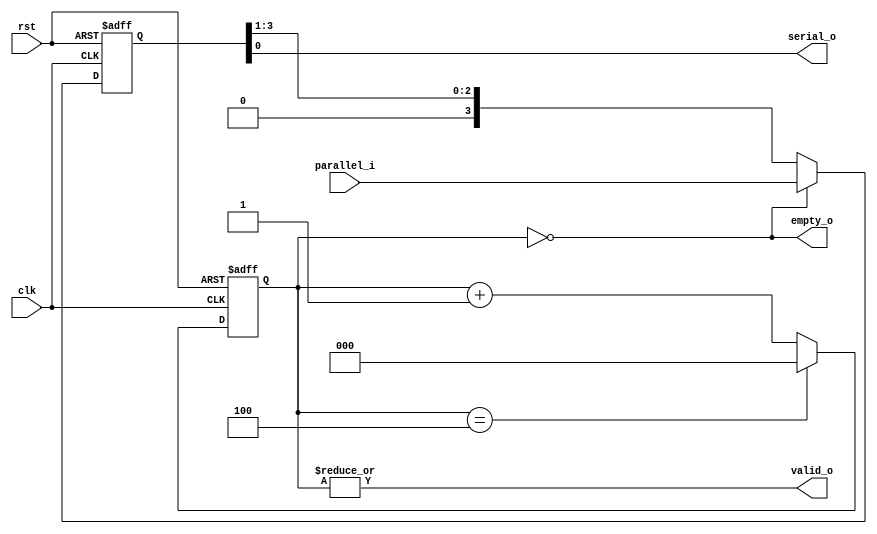
`timescale 1ns / 1ps
//////////////////////////////////////////////////////////////////////////////////
// Company: -
// 
// Design Name: 4-bit Parallel to Serial converter
// Module Name: parallel_to_serial
// Project Name: 4-bit Parallel to Serial converter
// Target Devices: 
// Tool Versions: 
// Description: 
// 
// Dependencies: 
// 
// Revision:
// Revision 0.01 - File Created
// Additional Comments:
// 
//////////////////////////////////////////////////////////////////////////////////


module parallel_to_serial(
    input wire clk,
    input wire rst,
    output wire serial_o,
    input wire [3:0] parallel_i,
    output wire empty_o,
    output wire valid_o
    );
   
  reg [3:0] shift_ff;
  wire [3:0] nxt_shift;

  always @(posedge clk or posedge rst)
    if (rst)
      shift_ff <= 4'h0;
    else
      shift_ff <= nxt_shift;

 
  assign nxt_shift = empty_o ? parallel_i :
                               {1'b0, shift_ff[3:1]};

  assign serial_o = shift_ff[0];

  
  reg [2:0] count_ff;
  wire [2:0] nxt_count;

  always @(posedge clk or posedge rst)
    if (rst)
      count_ff <= 3'h0;
    else
      count_ff <= nxt_count;

  assign nxt_count = (count_ff == 3'h4) ? 3'h0 :
                                          count_ff + 3'h1;

  assign valid_o = |count_ff;

  assign empty_o = (count_ff == 3'h0);

endmodule